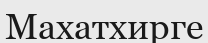
Махатхирге